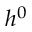
h ^ { 0 }